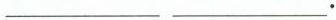
___ ___.